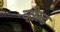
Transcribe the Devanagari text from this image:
व्हील्ड